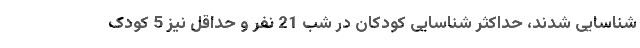
شناسایی شدند، حداکثر شناسایی کودکان در شب 21 نفر و حداقل نیز 5 کودک